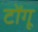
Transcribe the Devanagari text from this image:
टोंगू